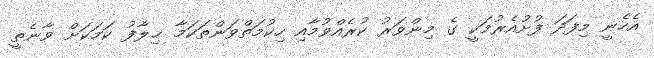
އެހެނީ މިފަދަ ފުށުއެރުމަކީ ގެ މިންވަރު ކުރެއްވުމާއި ހިކުމަތްވަންތަކަމާ ޚިލާފު ކަމަކަށް ވާނެތީ